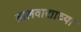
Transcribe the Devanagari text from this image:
तालवाद्याच्या